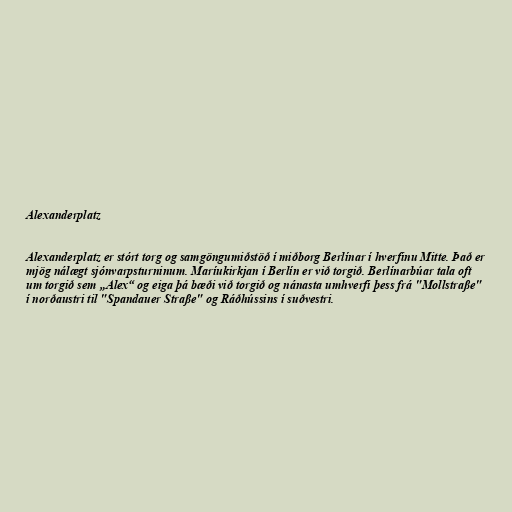
Alexanderplatz

Alexanderplatz er stórt torg og samgöngumiðstöð í miðborg Berlínar í hverfinu Mitte. Það er
mjög nálægt sjónvarpsturninum. Maríukirkjan í Berlín er við torgið. Berlínarbúar tala oft
um torgið sem „Alex“ og eiga þá bæði við torgið og nánasta umhverfi þess frá "Mollstraße"
í norðaustri til "Spandauer Straße" og Ráðhússins í suðvestri.